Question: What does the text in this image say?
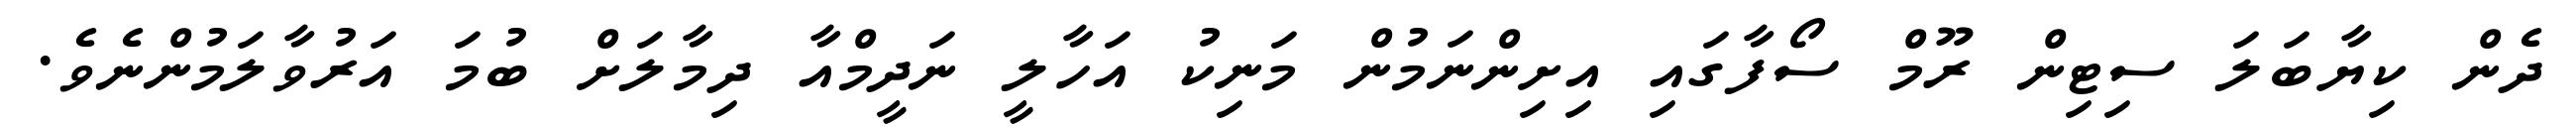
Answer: ދެން ކިޔާބަލަ ސިޓިން ރޫމް ސޯފާގައި އިށިންނަމުން މަނިކު އަހާލީ ނަދީމްއާ ދިމާލަށް ބުމަ އަރުވާލަމުންނެވެ.